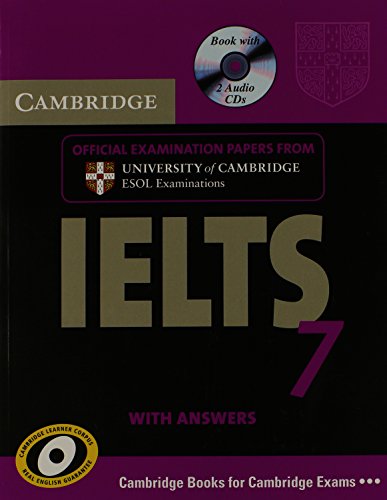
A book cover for Cambridge IELTS 7 Self-study Pack (Student's Book with Answers and Audio CDs (2)): Examination Papers from University of Cambridge ESOL Examinations (IELTS Practice Tests); Cambridge ESOL; Test Preparation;